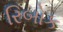
રિબોક